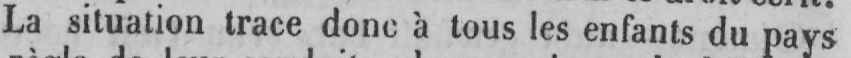
La situation trace donc à tous les enfants du pays